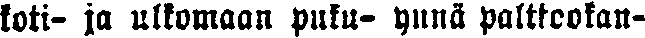
koti- ja ulkomaan puku- ynnä palttookan-